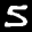
Label: 5